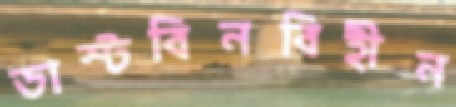
ডাস্টবিনবিহীন